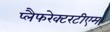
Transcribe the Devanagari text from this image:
प्लैफरेक्टरटीएम